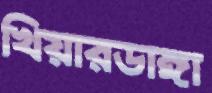
খিয়ারডাঙ্গা